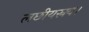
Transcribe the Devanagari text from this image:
लछीयस्रय।